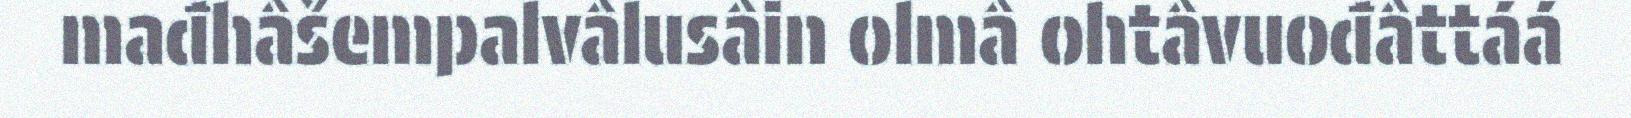
mađhâšempalvâlusâin olmâ ohtâvuođâttáá